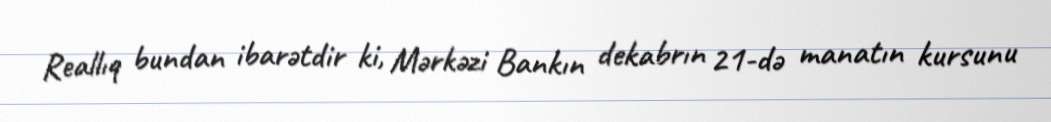
Reallıq bundan ibarətdir ki, Mərkəzi Bankın dekabrın 21-də manatın kursunu